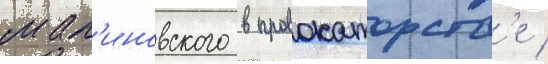
мал'иновского в провокаторств'е /